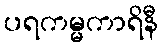
ပရကမ္မကာရိနီ